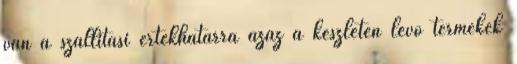
van a szállítási értékhatárra azaz a készleten lévő termékek